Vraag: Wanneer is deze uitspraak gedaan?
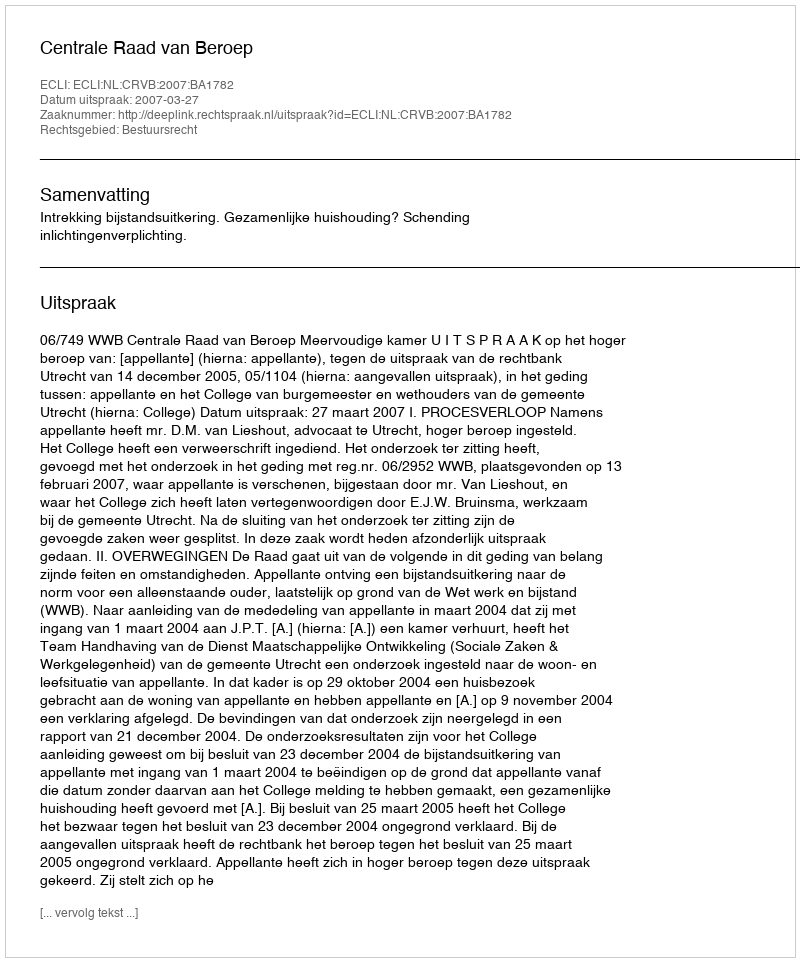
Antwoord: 2007-03-27